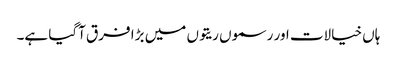
ہاں خیالات اور رسموں ریتوں میں بڑا فرق آگیا ہے۔